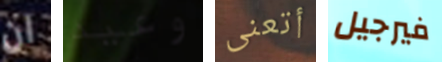
ان وعيد أتعنى فيرجيل